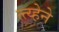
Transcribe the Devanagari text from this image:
त्त्य्हेने